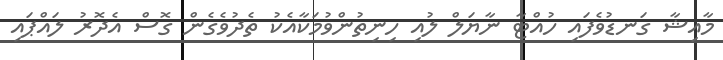
މާއިޝާ ގަނޑުވެފައި ހުއްޓާ ނާޔަލް ލުއި ހިނިތުންވުމަކާއެކު ތެދުވެގެން ގޮސް އެދޮރު ލައްޕައި